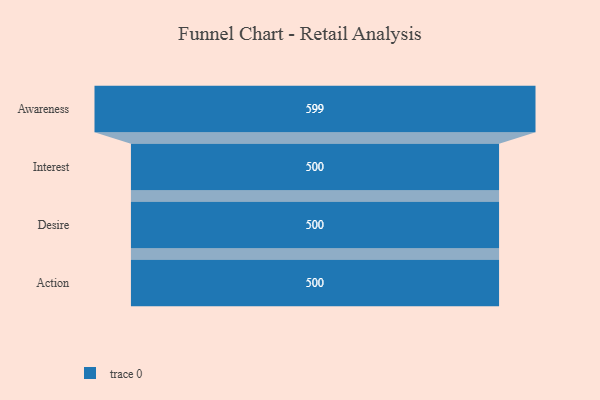
{"axis": {"x": "Stage", "y": "Value"}, "legend": [""], "data": [{"x": "Awareness", "y": 599.0, "type": ""}, {"x": "Interest", "y": 500, "type": ""}, {"x": "Desire", "y": 500, "type": ""}, {"x": "Action", "y": 500, "type": ""}]}